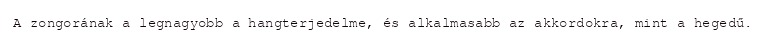
A zongorának a legnagyobb a hangterjedelme, és alkalmasabb az akkordokra, mint a hegedű.